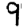
Digit: 9